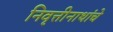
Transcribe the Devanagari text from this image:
निवृत्तीनाथांचे